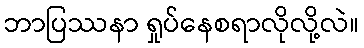
ဘာပြဿနာ ရှုပ်နေစရာလိုလို့လဲ။